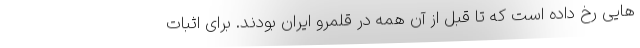
هایی رخ داده است که تا قبل از آن همه در قلمرو ایران بودند. برای اثبات